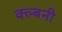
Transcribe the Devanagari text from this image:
क्ल्बनी